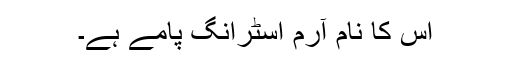
اس کا نام آرم اسٹرانگ پامے ہے۔